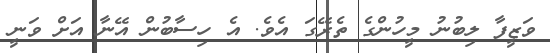
ވަޒީފާ ލިބުނު މީހުންގެ ތެރޭގަ އެވެ. އެ ހިސާބުން އޭނާ އަށް ވަނީ